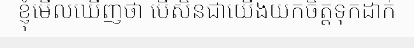
ខ្ញុំមើលឃើញថា បើសិនជាយើងយកចិត្តទុកដាក់